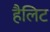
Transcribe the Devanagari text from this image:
हैलिट